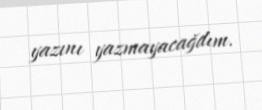
yazını yazmayacağdım.